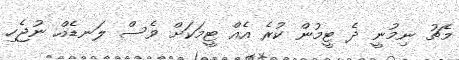
މެޗު ނިިމުނީ ދެ ޓީމުން ކުރެ އެއް ޓީމަކަށް ވެސް ލަނޑެއް ނުޖެހި